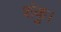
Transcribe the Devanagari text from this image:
शंकु।